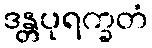
ဒန္တပုရက္ခတံ